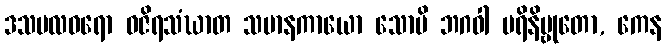
ဒသဗလဓရော ဝဇိရသံဃာတ သမာနကာယော သောပိ ဘဂဝါ ပရိနိဗ္ဗုတော, ကေန